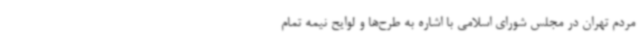
مردم تهران در مجلس شورای اسلامی با اشاره به طرح‌ها و لوایح نیمه تمام